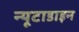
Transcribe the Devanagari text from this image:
न्यूटाडाइन